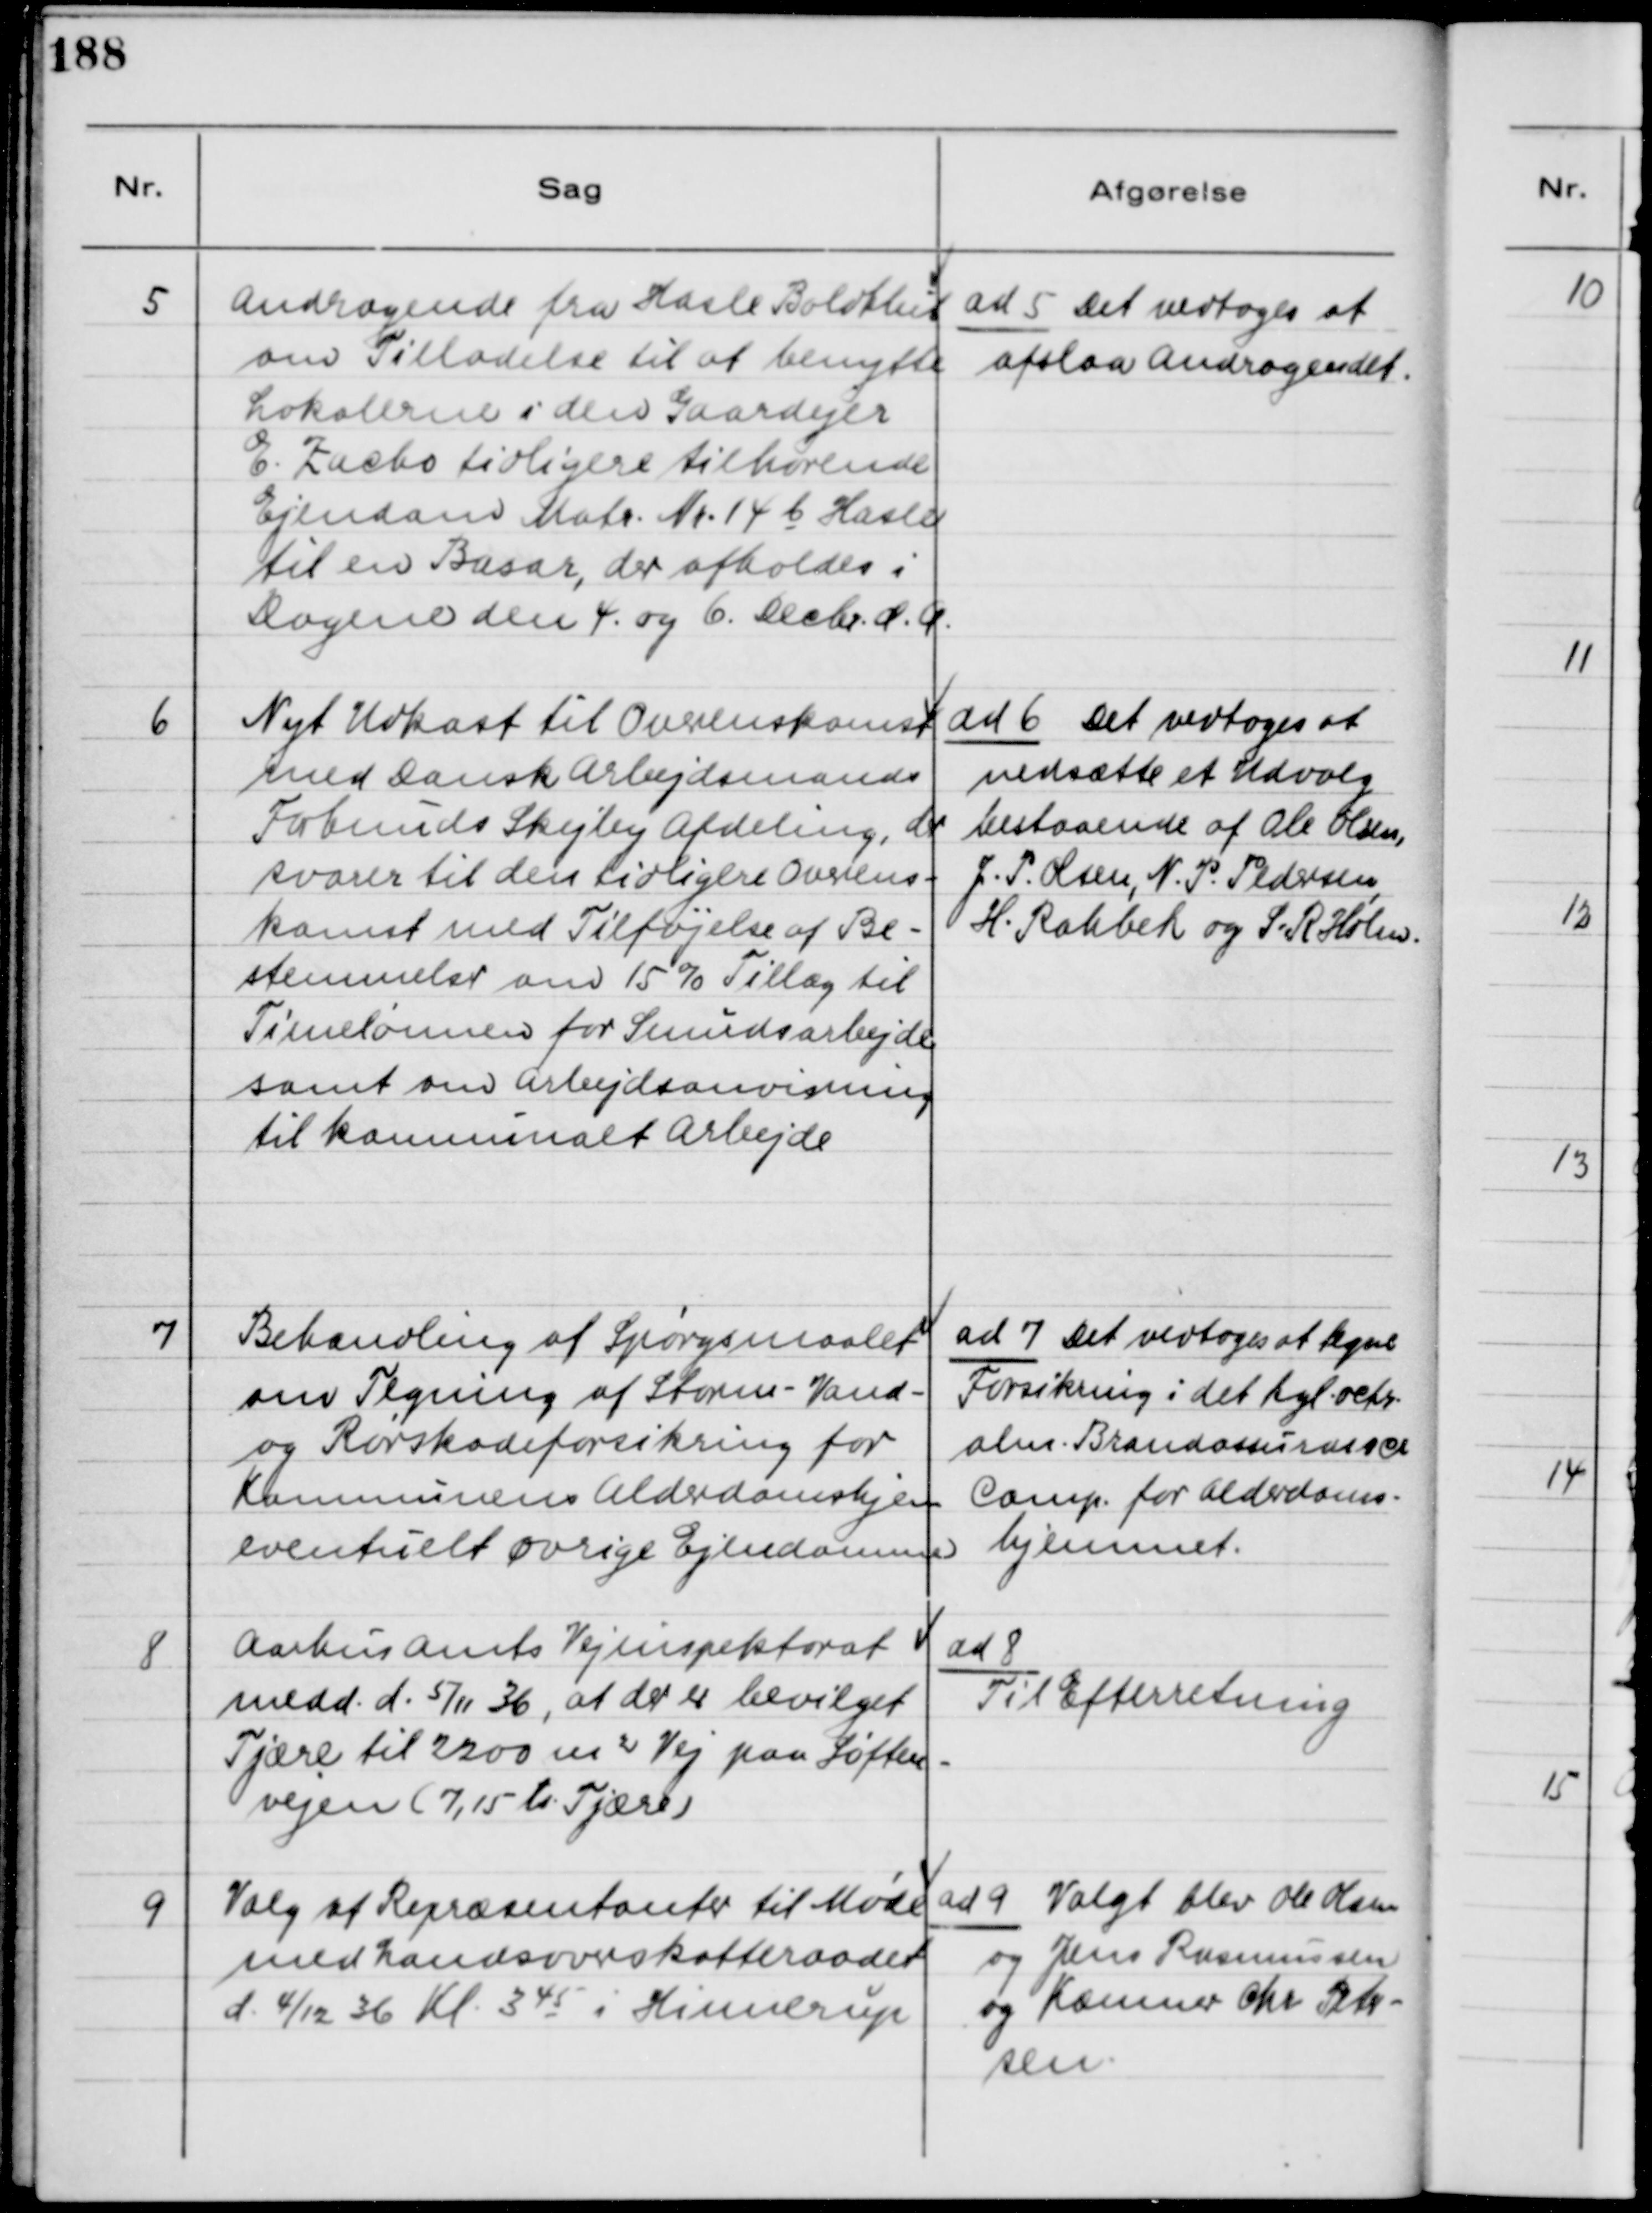
Transskription:
5
Andragende fra Hasle Boldklub
om Tilladelse til at benytte
Lokalerne i den Gaardejer
E. Zacho tidligere tilhørende
Ejendom Matr. Nr. 14 b Hasle
til Basar, der afholdes i
Dagene den 4. og 6. Decbr. d.A.
ad 5 Det vedtoges at
afslaa Andragendet.
6
Nyt Udkast til Overenskomst
med Dansk Arbejdsmands
Forbunds Skejby Afdeling, der
svarer til den tidligere Overens-
komst med Tilføjelse af Be-
stemmelser om 15% Tillæg til
Timelønnen for S arbejde
samt om Arbejdsanvisning
til kommunalt Arbejde
ad 6 Det vedtoges at
nedsætte et Udvalg
bestaaende af Ole Olsen,
J.P. Olsen, N.P. Pedersen
H. Rahbek og S.R. Holm.
7
Behandling af Spørgsmaalet
om Tegning af Storm-Vand-
og Rørskadeforsikring for
Kommunens Alderdomshjem
eventuelt øvrige Ejendomme.
ad 7 Det vedtoges at tegne
Forsikring i det Kgl. octr.
alm. Brandassurance
Comp. for Alderdoms
hjemmet.
8
Aarhus Amts Vejinspektorat
medd. d. 5/11 36, at der er bevilget
Tjære til 2200 m2 Vej paa Søften-
vejen (7,15 L Tjære)
ad 8
Til Efterretning
9
Valg af Repræsentanter til Møde
med Landsoverskatteraadet
d. 4/12 36 Kl. 3 45 i Hinnerup
ad 9 Valgt blev Ole Olsen
og Jens Rasmussen
og Kæmner Chr. Peter-
sen.